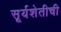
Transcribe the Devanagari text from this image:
सूर्यशेतीची